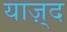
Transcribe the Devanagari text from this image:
याज़्द